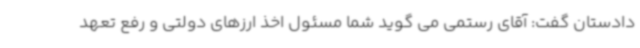
دادستان گفت: آقای رستمی می گوید شما مسئول اخذ ارزهای دولتی و رفع تعهد